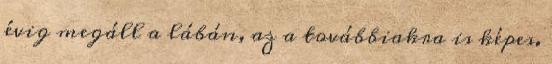
évig megáll a lábán, az a továbbiakra is képes.